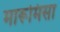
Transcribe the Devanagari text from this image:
मारूमिसा